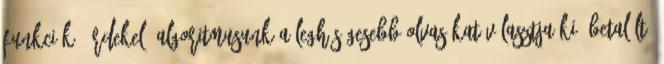
funkciók. Érdekel? Algoritmusunk a leghűségesebb olvasókat választja ki. Betalált?